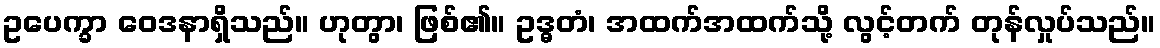
ဥပေက္ခာ ဝေဒနာရှိသည်။ ဟုတွာ၊ ဖြစ်၏။ ဥဒ္ဓတံ၊ အထက်အထက်သို့ လွင့်တက် တုန်လှုပ်သည်။